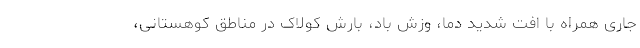
جاری همراه با اُفت شدید دما، وزش باد، بارش کولاک در مناطق کوهستانی،